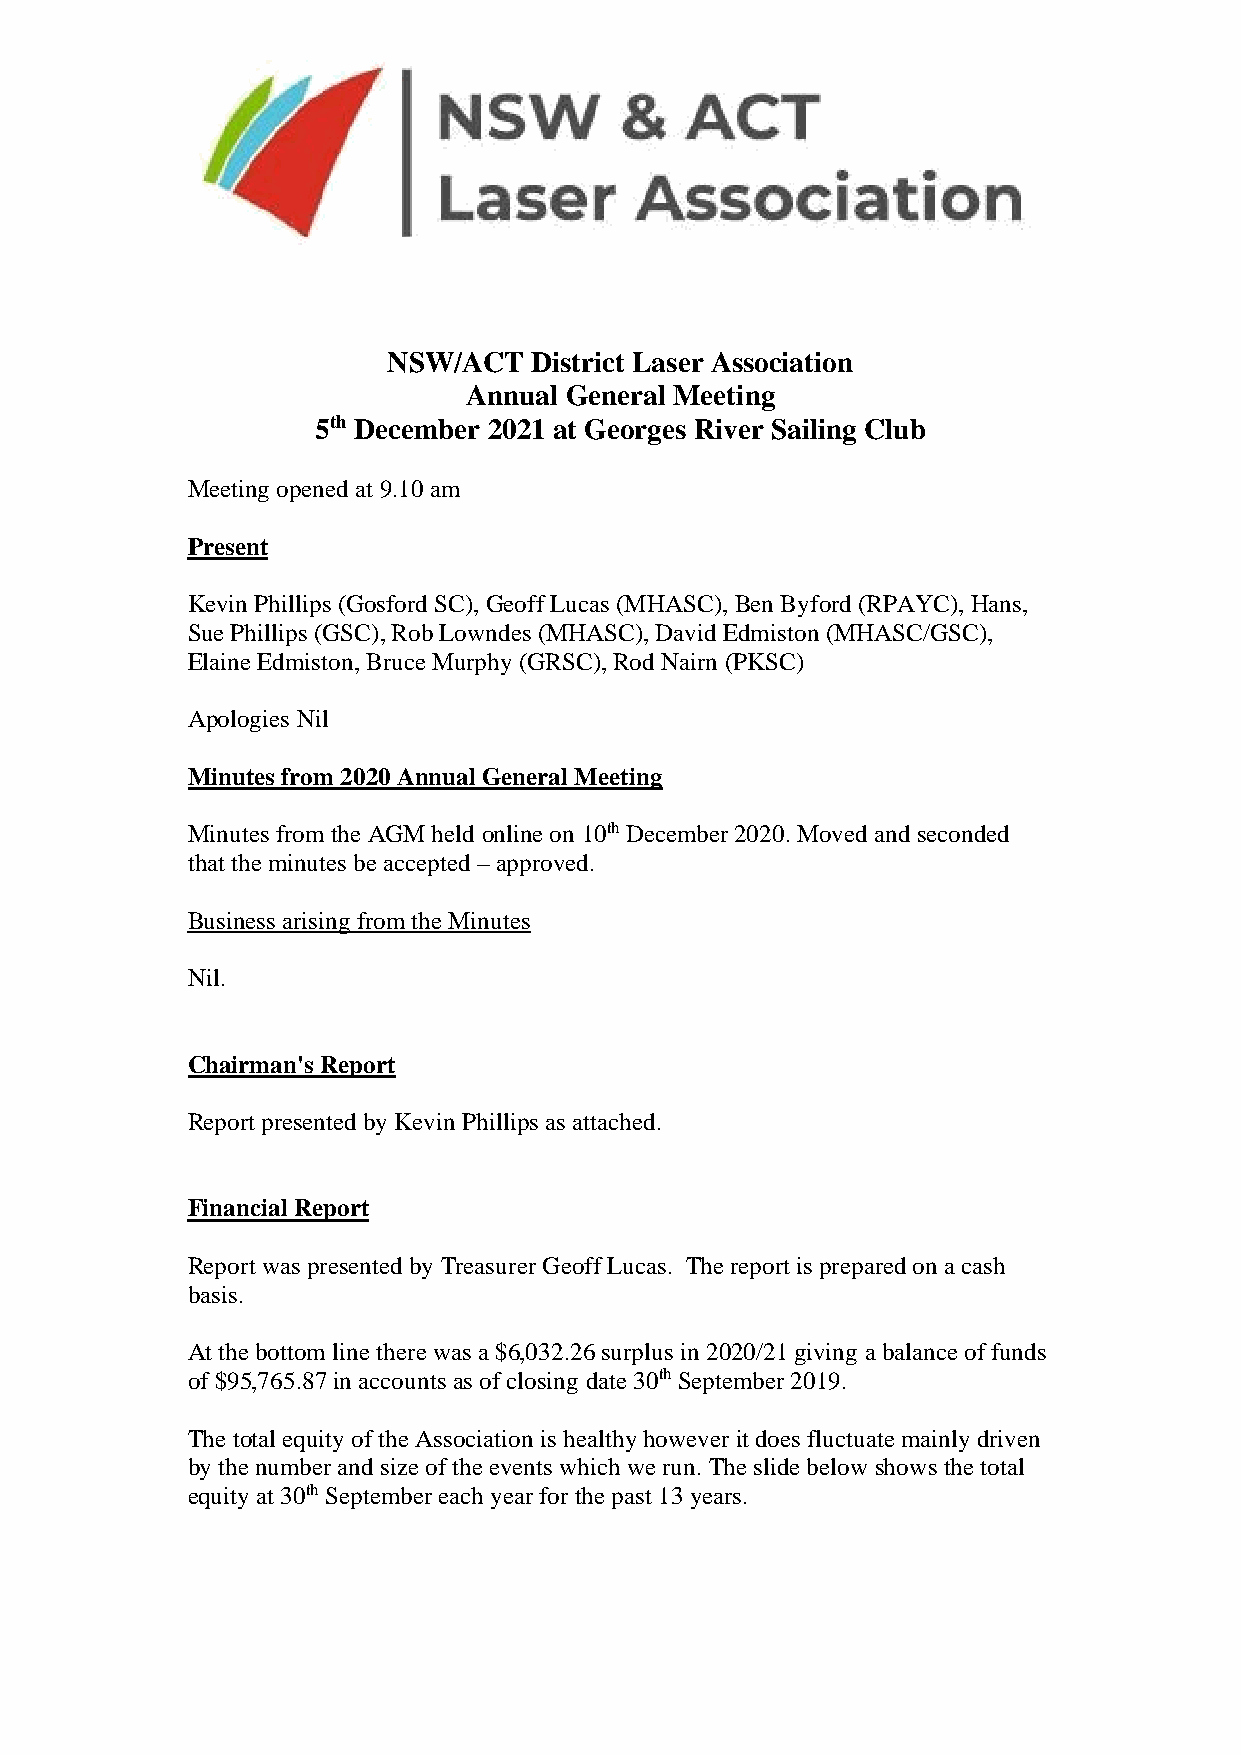
NSW/ACT  District Laser Association
 Annual General Meeting
 5th December 2021 at Georges River Sailing Club
 Meeting opened at 9.10 am
 Present
 Kevin Phillips (Gosford SC), Geoff Lucas (MHASC), Ben Byford (RPAYC), Hans,
 Sue Phillips (GSC), Rob Lowndes (MHASC), David Edmiston (MHASC/GSC),
 Elaine Edmiston, Bruce Murphy (GRSC), Rod Nairn (PKSC)
 Apologies Nil
 Minutes from 2020 Annual General Meeting
 Minutes from the AGM held online on 10th December 2020. Moved and seconded
 that the minutes be accepted – approved.
 Business arising from the Minutes
 Nil.
 Chairman's Report
 Report presented by Kevin Phillips as attached.
 Financial Report
 Report was presented by Treasurer Geoff Lucas. The report is prepared on a cash
 basis.
 At the bottom line there was a $6,032.26 surplus in 2020/21 giving a balance of funds
 of $95,765.87 in accounts as of closing date 30th September 2019.
 The total equity of the Association is healthy however it does fluctuate mainly driven
 by the number and size of the events which we run. The slide below shows the total
 equity at 30th September each year for the past 13 years.